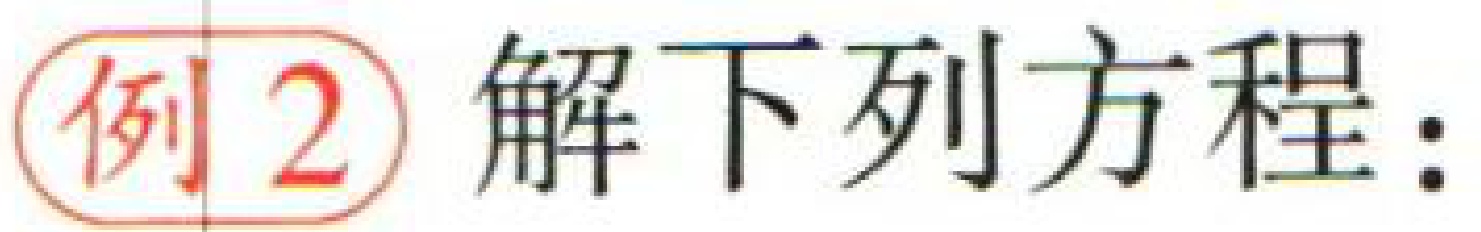
例2 解下列方程：